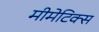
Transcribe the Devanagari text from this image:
मीमेटिक्स